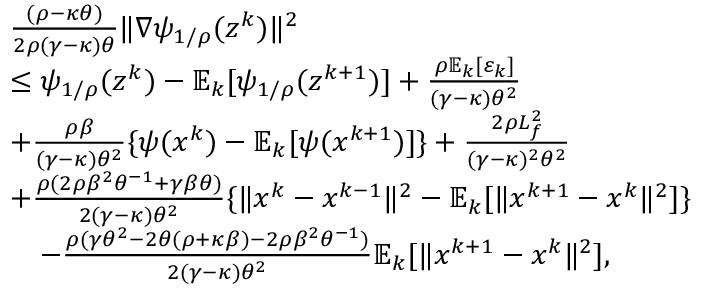
\begin{array} { r l } & { \frac { ( \rho - \kappa \theta ) } { 2 \rho ( \gamma - \kappa ) \theta } \| \nabla \psi _ { 1 / \rho } ( z ^ { k } ) \| ^ { 2 } } \\ & { \leq \psi _ { 1 / \rho } ( z ^ { k } ) - \mathbb { E } _ { k } [ \psi _ { 1 / \rho } ( z ^ { k + 1 } ) ] + \frac { \rho \mathbb { E } _ { k } [ \varepsilon _ { k } ] } { ( \gamma - \kappa ) \theta ^ { 2 } } } \\ & { + \frac { \rho \beta } { ( \gamma - \kappa ) \theta ^ { 2 } } \{ \psi ( x ^ { k } ) - \mathbb { E } _ { k } [ \psi ( x ^ { k + 1 } ) ] \} + \frac { 2 \rho L _ { f } ^ { 2 } } { ( \gamma - \kappa ) ^ { 2 } \theta ^ { 2 } } } \\ & { + \frac { \rho ( 2 \rho \beta ^ { 2 } \theta ^ { - 1 } + \gamma \beta \theta ) } { 2 ( \gamma - \kappa ) \theta ^ { 2 } } \{ \| x ^ { k } - x ^ { k - 1 } \| ^ { 2 } - \mathbb { E } _ { k } [ \| x ^ { k + 1 } - x ^ { k } \| ^ { 2 } ] \} } \\ & { \quad - \frac { \rho ( \gamma \theta ^ { 2 } - 2 \theta ( \rho + \kappa \beta ) - 2 \rho \beta ^ { 2 } \theta ^ { - 1 } ) } { 2 ( \gamma - \kappa ) \theta ^ { 2 } } \mathbb { E } _ { k } [ \| x ^ { k + 1 } - x ^ { k } \| ^ { 2 } ] , } \end{array}